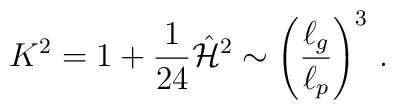
K^2 = 1+{1\over 24} \hat{\cal H}^2 \sim \left({{\ell_g} \over {\ell_p}}\right)^3 \, .